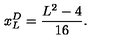
x _ { L } ^ { D } = \frac { L ^ { 2 } - 4 } { 1 6 } .